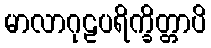
မာလာဂုဠပရိက္ခိတ္တာပိ